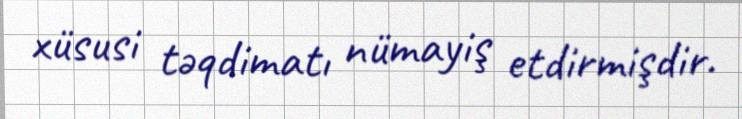
xüsusi təqdimatı nümayiş etdirmişdir.